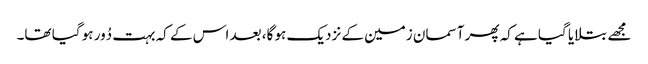
مجھے بتلایا گیا ہے کہ پھر آسمان زمین کے نزدیک ہو گا، بعد اس کے کہ بہت دُور ہو گیا تھا۔